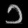
Digit: ၁